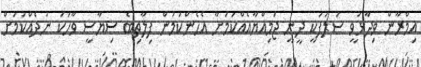
އިމްރާން ވިދާޅުވީ ސަލަފަކީ ދީނީ ޖަމިއްޔާއެއްކަމަށާ އެހެންކަމުން ފިލާތިބެ ސިޔާސީ ވާހަކަ ނުދެއްކުމަށް